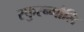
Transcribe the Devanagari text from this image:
स्फुरन्मौलि